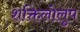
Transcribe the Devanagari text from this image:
शक्तिलोलुप